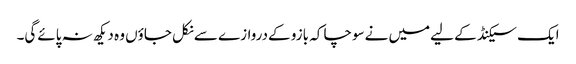
ایک سیکنڈ کے لیےمیں نےسوچا کہ بازو کےدروازے سےنکل جاؤں وہ دیکھ نہ پائےگی۔